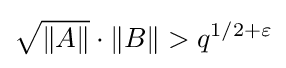
{\sqrt {\|A\|}}\cdot \|B\|>q^{1/2+\varepsilon }